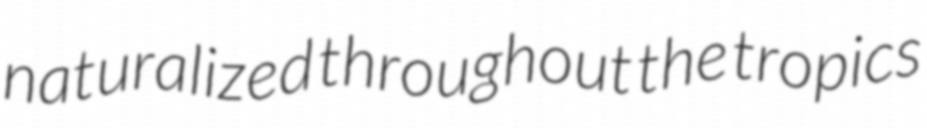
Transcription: naturalized throughout the tropics